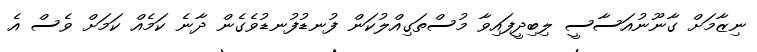
ނިޒާމަށް ގާނޫނުއަސާސީ ލިބިދީފައިވާ މުސްތަގިއްލުކަން ފުނޑުފުނޑުވެގެން ދާނެ ކަމެއް ކަމަށް ވެސް އެ